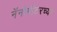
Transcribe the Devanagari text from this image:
नॅनोमीटरच्या